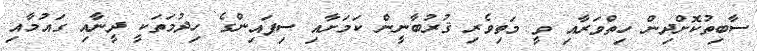
ސާބިތުކޮށްދިން ހިތްވަރާއި ވީ މަތިވެރި ޤުރުބާނީން ކަމަށާއި ސިފައިންގެ ހިދުމަތަކީ ދީނާއި ގައުމާއި